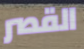
القصر